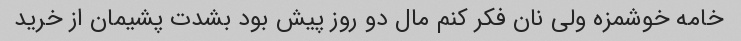
خامه خوشمزه ولی نان فکر کنم مال دو روز پیش بود بشدت پشیمان از خرید